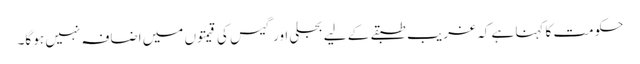
حکومت کا کہنا ہے کہ غریب طبقے کے لیے بجلی اور گیس کی قیمتوں میں اضافہ نہیں ہو گا۔